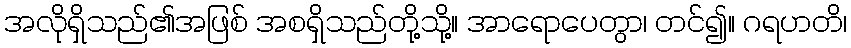
အလိုရှိသည်၏အဖြစ် အစရှိသည်တို့သို့။ အာရောပေတွာ၊ တင်၍။ ဂရဟတိ၊